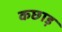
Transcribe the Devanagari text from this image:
कछाड़